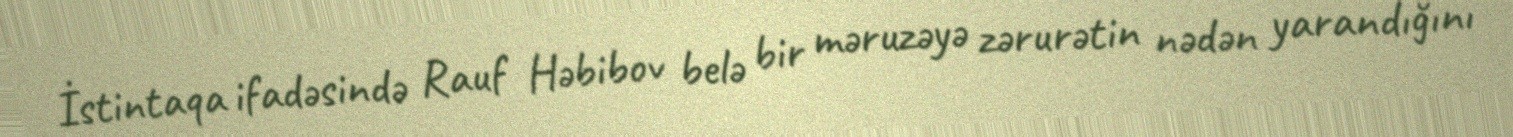
İstintaqa ifadəsində Rauf Həbibov belə bir məruzəyə zərurətin nədən yarandığını